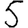
Digit: 5